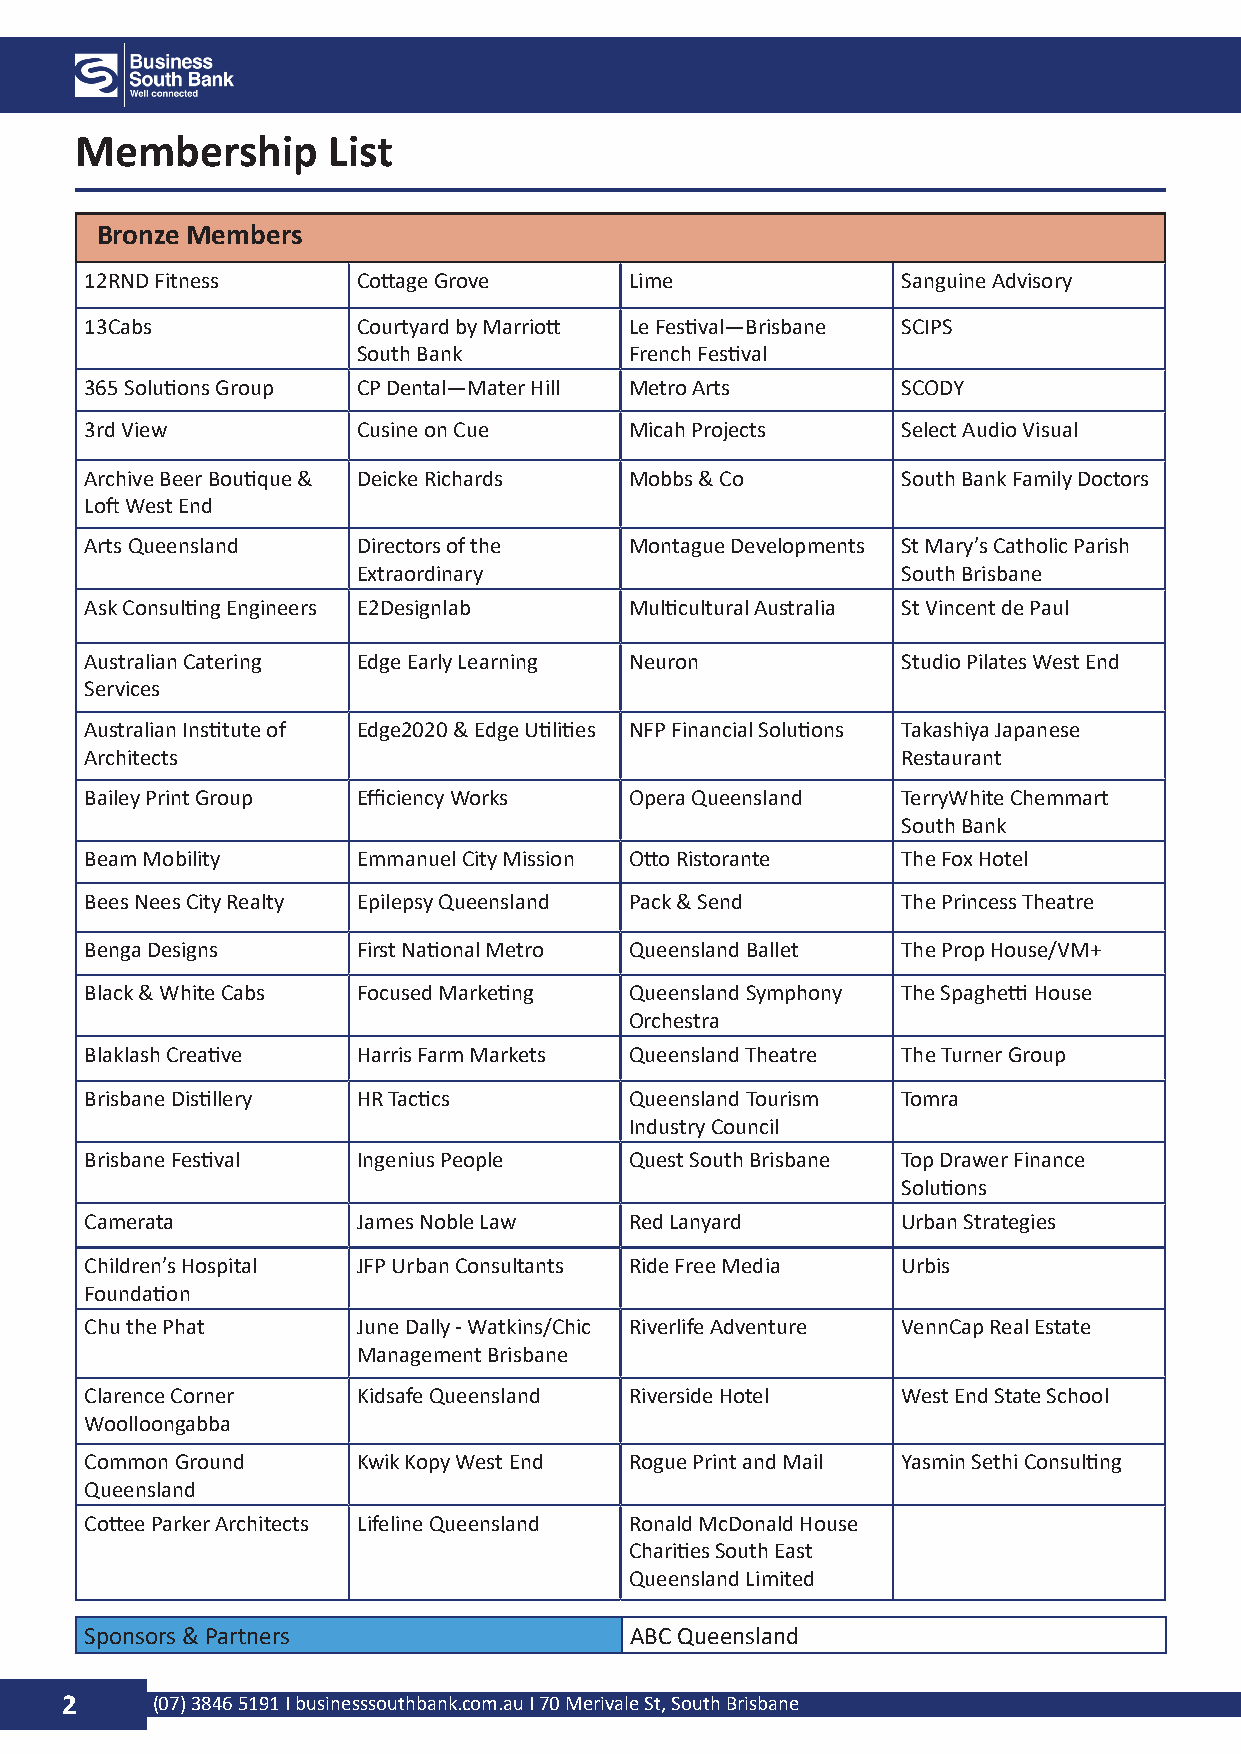
Membership       List
 Bronze Members
 12RND Fitness     Cottage Grove     Lime              Sanguine Advisory
 13Cabs            Courtyard by Marriott Le Festival—Brisbane SCIPS
 South Bank        French Festival
 365 Solutions Group CP Dental—Mater Hill Metro Arts   SCODY
 3rd View          Cusine on Cue     Micah Projects    Select Audio Visual
 Archive Beer Boutique & Deicke Richards Mobbs & Co    South Bank Family Doctors
 Loft West End
 Arts Queensland   Directors of the  Montague Developments St Mary’s Catholic Parish
 Extraordinary                       South Brisbane
 Ask Consulting Engineers E2Designlab Multicultural Australia St Vincent de Paul
 Australian Catering Edge Early Learning Neuron        Studio Pilates West End
 Services
 Australian Institute of Edge2020 & Edge Utilities NFP Financial Solutions Takashiya Japanese
 Architects                                            Restaurant
 Bailey Print Group Efficiency Works Opera Queensland  TerryWhite Chemmart
 South Bank
 Beam Mobility     Emmanuel City Mission Otto Ristorante The Fox Hotel
 Bees Nees City Realty Epilepsy Queensland Pack & Send The Princess Theatre
 Benga Designs     First National Metro Queensland Ballet The Prop House/VM+
 Black & White Cabs Focused Marketing Queensland Symphony The Spaghetti House
 Orchestra
 Blaklash Creative Harris Farm Markets Queensland Theatre The Turner Group
 Brisbane Distillery HR Tactics      Queensland Tourism Tomra
 Industry Council
 Brisbane Festival Ingenius People   Quest South Brisbane Top Drawer Finance
 Solutions
 Camerata          James Noble Law   Red Lanyard       Urban Strategies
 Children’s Hospital JFP Urban Consultants Ride Free Media Urbis
 Foundation
 Chu the Phat      June Dally - Watkins/Chic Riverlife Adventure VennCap Real Estate
 Management Brisbane
 Clarence Corner   Kidsafe Queensland Riverside Hotel  West End State School
 Woolloongabba
 Common Ground     Kwik Kopy West End Rogue Print and Mail Yasmin Sethi Consulting
 Queensland
 Cottee Parker Architects Lifeline Queensland Ronald McDonald House
 Charities South East
 Queensland Limited
 Sponsors & Partners                 ABC Queensland
 2     (07) 3846 5191 I businesssouthbank.com.au I 70 Merivale St, South Brisbane